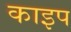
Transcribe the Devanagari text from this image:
काइप